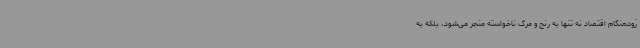
زودهنگام اقتصاد نه تنها به رنج و مرگ ناخواسته منجر می‌شود، بلکه به